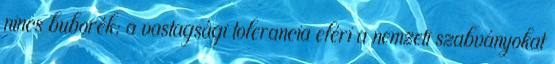
nincs buborék; a vastagsági tolerancia eléri a nemzeti szabványokat